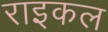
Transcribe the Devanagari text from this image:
राइकल